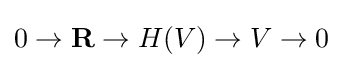
0\to \mathbf {R} \to H(V)\to V\to 0